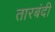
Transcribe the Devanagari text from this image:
तारबंदी